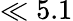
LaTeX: \ll 5.1